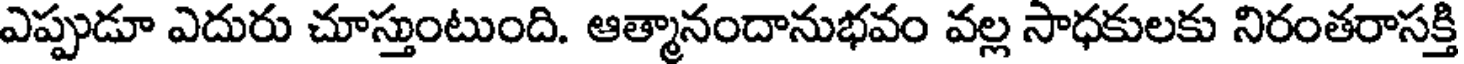
ఎప్పుడూ ఎదురు చూస్తుంటుంది. ఆత్మానందానుభవం వల్ల సాధకులకు నిరంతరాసక్తి